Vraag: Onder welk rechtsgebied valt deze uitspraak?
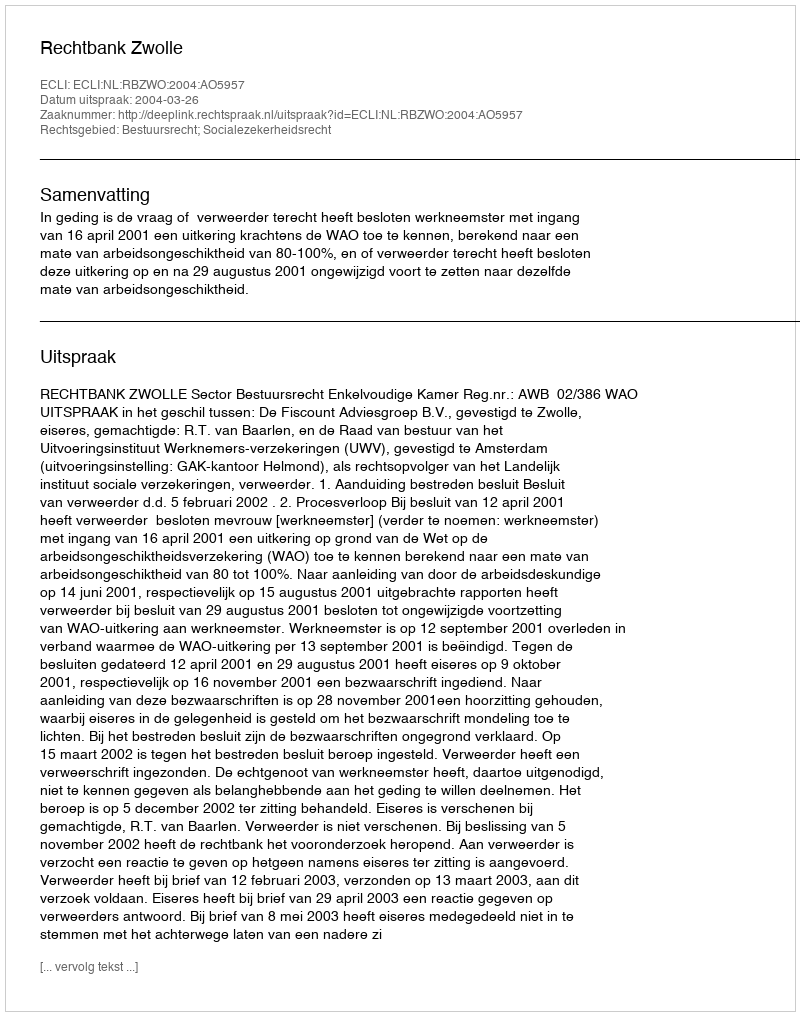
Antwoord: Bestuursrecht; Socialezekerheidsrecht